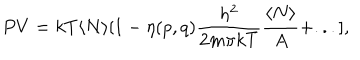
LaTeX: P V = k T \langle N \rangle [ 1 - \eta ( p , q ) { \frac { h ^ { 2 } } { 2 m \pi k T } } { \frac { \langle N \rangle } { A } } + . . . ] ,